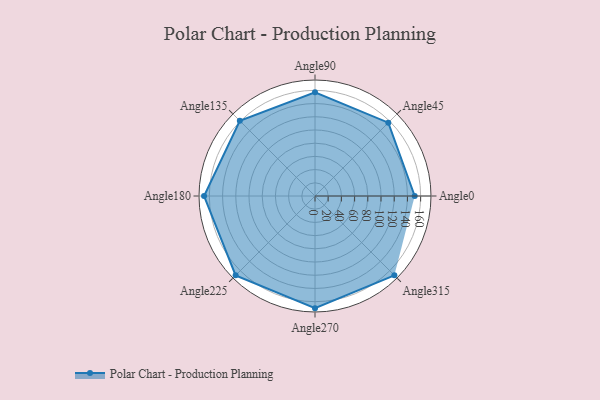
{"axis": {"x": "Angle", "y": "Radius"}, "legend": [""], "data": [{"x": "Angle0", "y": 151.0, "type": ""}, {"x": "Angle45", "y": 157.0, "type": ""}, {"x": "Angle90", "y": 157.0, "type": ""}, {"x": "Angle135", "y": 161.0, "type": ""}, {"x": "Angle180", "y": 168.0, "type": ""}, {"x": "Angle225", "y": 170, "type": ""}, {"x": "Angle270", "y": 170, "type": ""}, {"x": "Angle315", "y": 170, "type": ""}]}